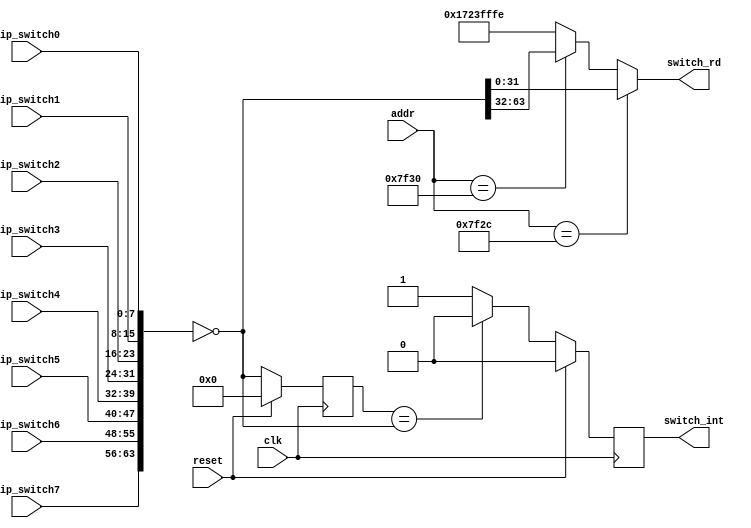
`timescale 1ns / 1ps

module switchdriver(dip_switch0,dip_switch1,dip_switch2,dip_switch3,
						  dip_switch4,dip_switch5,dip_switch6,dip_switch7,
						  clk,reset,addr,switch_rd,switch_int);
input [7:0]dip_switch0,dip_switch1,dip_switch2,dip_switch3,
						  dip_switch4,dip_switch5,dip_switch6,dip_switch7;
input[31:0] addr;						  
input clk,reset;
output [31:0]switch_rd ;
output reg switch_int;

reg [63:0]  oldin;
wire [63:0] in;

assign in=~{dip_switch7,dip_switch6,dip_switch5,dip_switch4,dip_switch3,dip_switch2,dip_switch1,dip_switch0};
assign switch_rd=(addr==32'h00007f2c)?in[31:0]:
					(addr==32'h00007f30)?in[63:32]:
					32'h1723fffe;
always @(posedge clk)
	begin
		if(reset)
			begin
				oldin<=64'h0;
				switch_int<=0;
			end
		else
			begin
				oldin<=in;
				if (oldin==in)
					switch_int<=0;
				else
					switch_int<=1;
			end
	end

endmodule